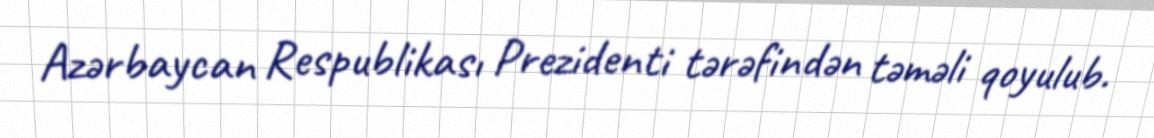
Azərbaycan Respublikası Prezidenti tərəfindən təməli qoyulub.